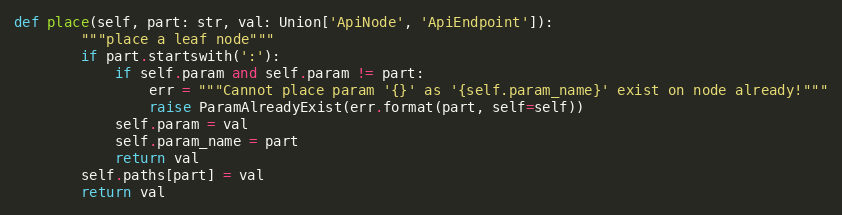
Language: Python
def place(self, part: str, val: Union['ApiNode', 'ApiEndpoint']):
        """place a leaf node"""
        if part.startswith(':'):
            if self.param and self.param != part:
                err = """Cannot place param '{}' as '{self.param_name}' exist on node already!"""
                raise ParamAlreadyExist(err.format(part, self=self))
            self.param = val
            self.param_name = part
            return val
        self.paths[part] = val
        return val